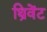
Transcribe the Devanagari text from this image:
थ्रिवेंट